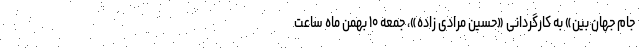
جام جهان بین» به کارگردانی «حسین مرادی زاده»، جمعه ۱۰ بهمن ماه ساعت